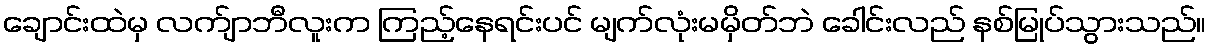
ချောင်းထဲမှ လက်ျာဘီလူးက ကြည့်နေရင်းပင် မျက်လုံးမမှိတ်ဘဲ ခေါင်းလည် နစ်မြုပ်သွားသည်။